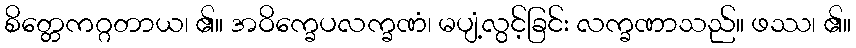
စိတ္တေကဂ္ဂတာယ၊ ၏။ အဝိက္ခေပလက္ခဏံ၊ မပျံ့လွင့်ခြင်း လက္ခဏာသည်။ ဖဿ၊ ၏။